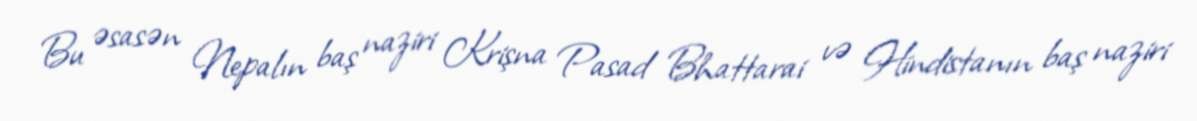
Bu əsasən Nepalın baş naziri Krişna Pasad Bhattarai və Hindistanın baş naziri